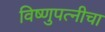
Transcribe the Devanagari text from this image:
विष्णुपत्नीचा